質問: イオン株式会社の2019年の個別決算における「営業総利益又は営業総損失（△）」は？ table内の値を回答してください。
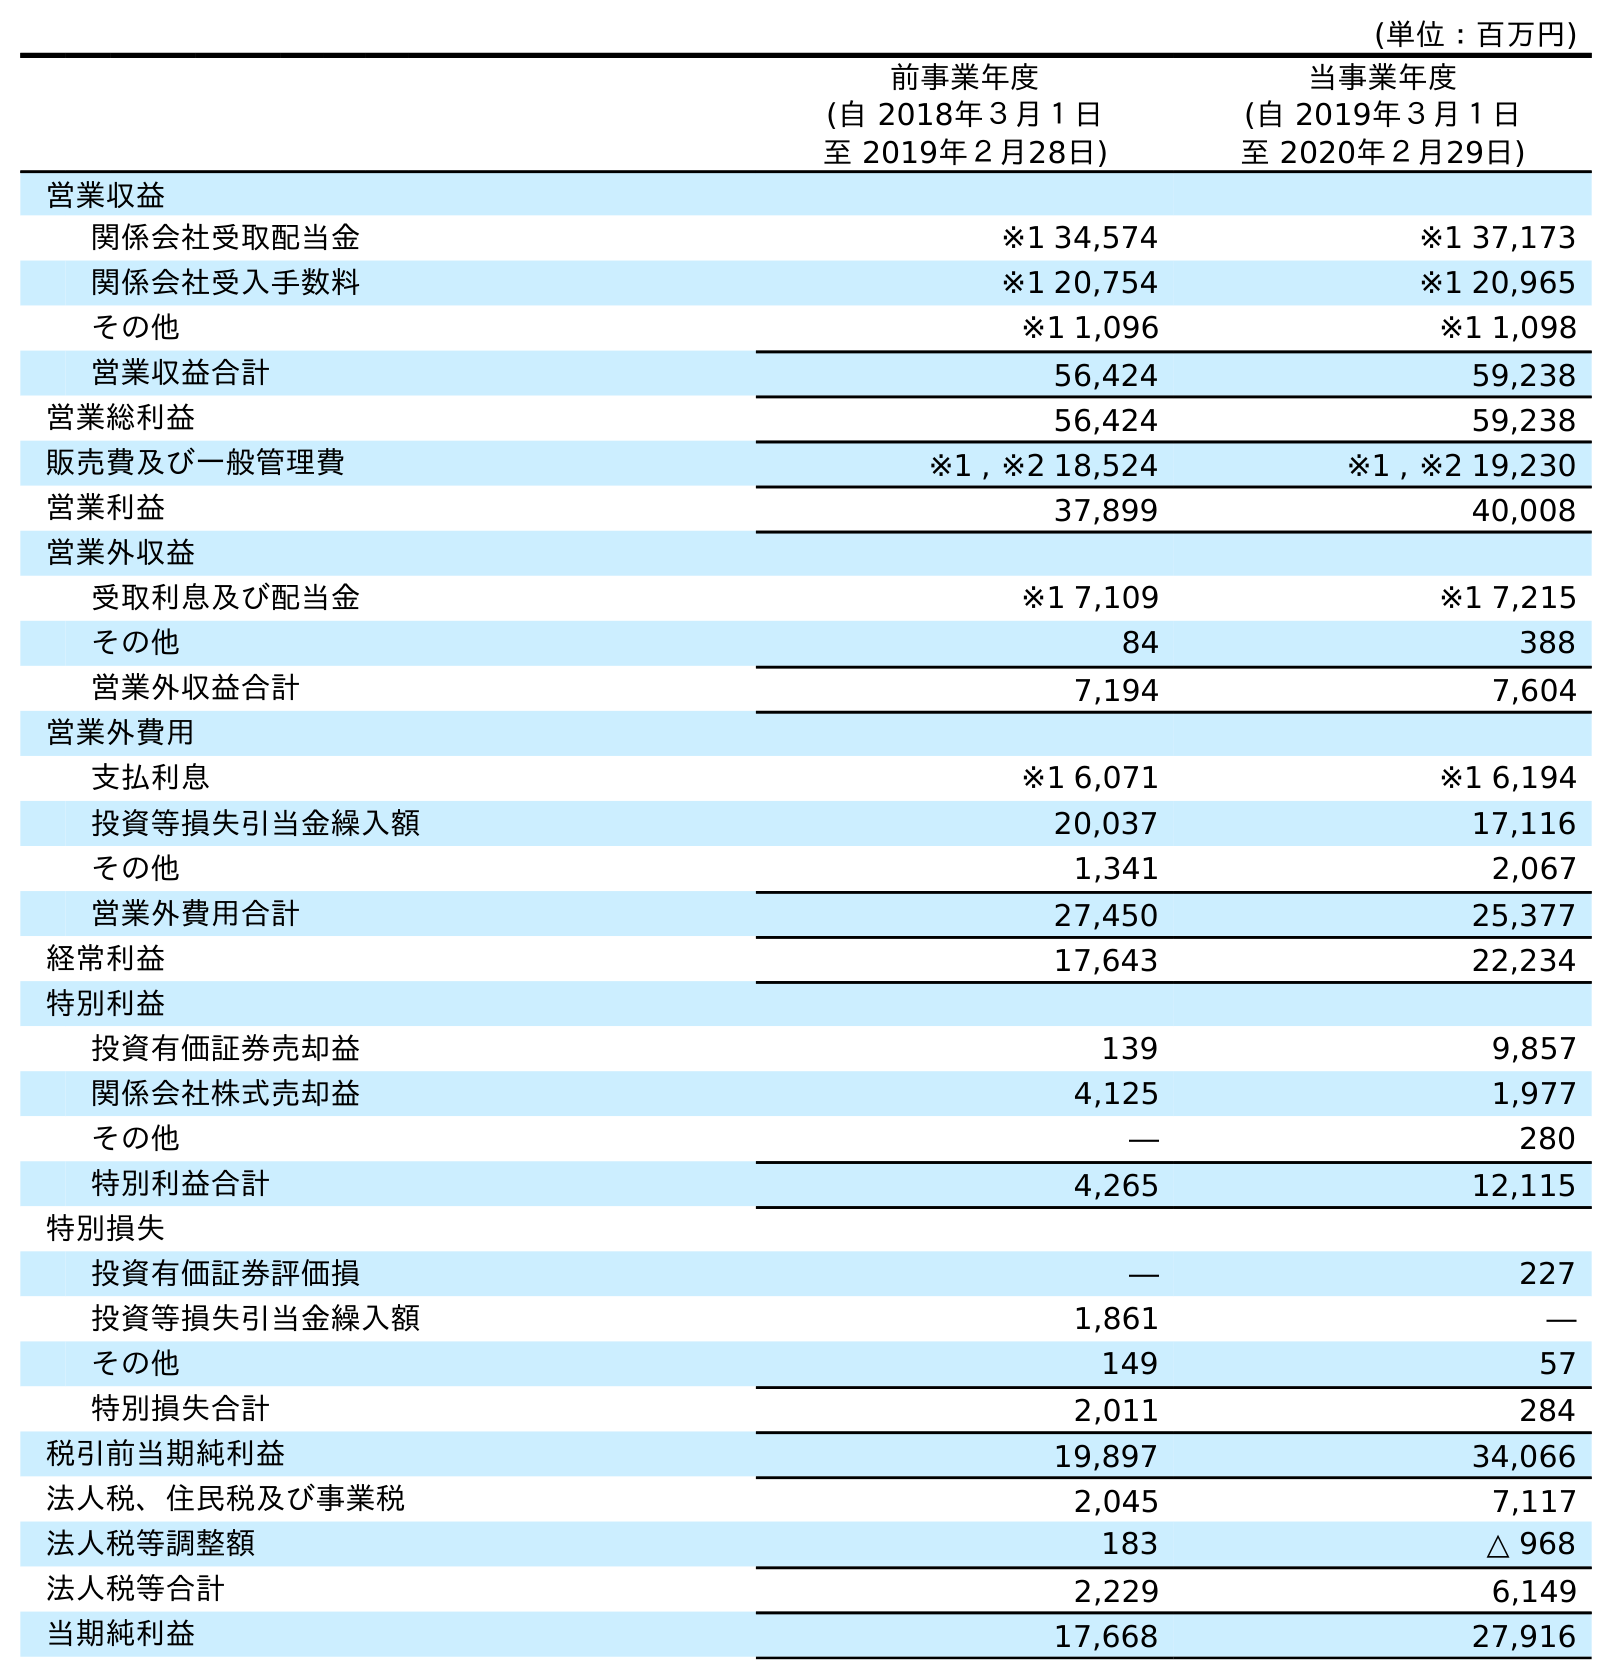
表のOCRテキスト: (単位：百万円) 前事業年度 (自 2018年３月１日 至 2019年２月28日) 当事業年度 (自 2019年３月１日 至 2020年２月29日) 営業収益 関係会社受取配当金 ※1 34,574 ※1 37,173 関係会社受入手数料 ※1 20,754 ※1 20,965 その他 ※1 1,096 ※1 1,098 営業収益合計 56,424 59,238 営業総利益 56,424 59,238 販売費及び一般管理費 ※1 , ※2 18,524 ※1 , ※2 19,230 営業利益 37,899 40,008 営業外収益 受取利息及び配当金 ※1 7,109 ※1 7,215 その他 84 388 営業外収益合計 7,194 7,604 営業外費用 支払利息 ※1 6,071 ※1 6,194 投資等損失引当金繰入額 20,037 17,116 その他 1,341 2,067 営業外費用合計 27,450 25,377 経常利益 17,643 22,234 特別利益 投資有価証券売却益 139 9,857 関係会社株式売却益 4,125 1,977 その他 ― 280 特別利益合計 4,265 12,115 特別損失 投資有価証券評価損 ― 227 投資等損失引当金繰入額 1,861 ― その他 149 57 特別損失合計 2,011 284 税引前当期純利益 19,897 34,066 法人税、住民税及び事業税 2,045 7,117 法人税等調整額 183 △ 968 法人税等合計 2,229 6,149 当期純利益 17,668 27,916
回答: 56,424